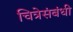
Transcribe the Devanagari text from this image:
चित्रेसंबंधी